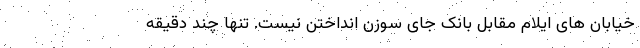
خیابان های ایلام مقابل بانک جای سوزن انداختن نیست. تنها چند دقیقه